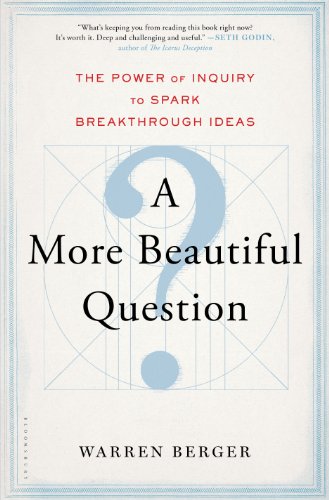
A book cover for A More Beautiful Question: The Power of Inquiry to Spark Breakthrough Ideas; Warren Berger; Self-Help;